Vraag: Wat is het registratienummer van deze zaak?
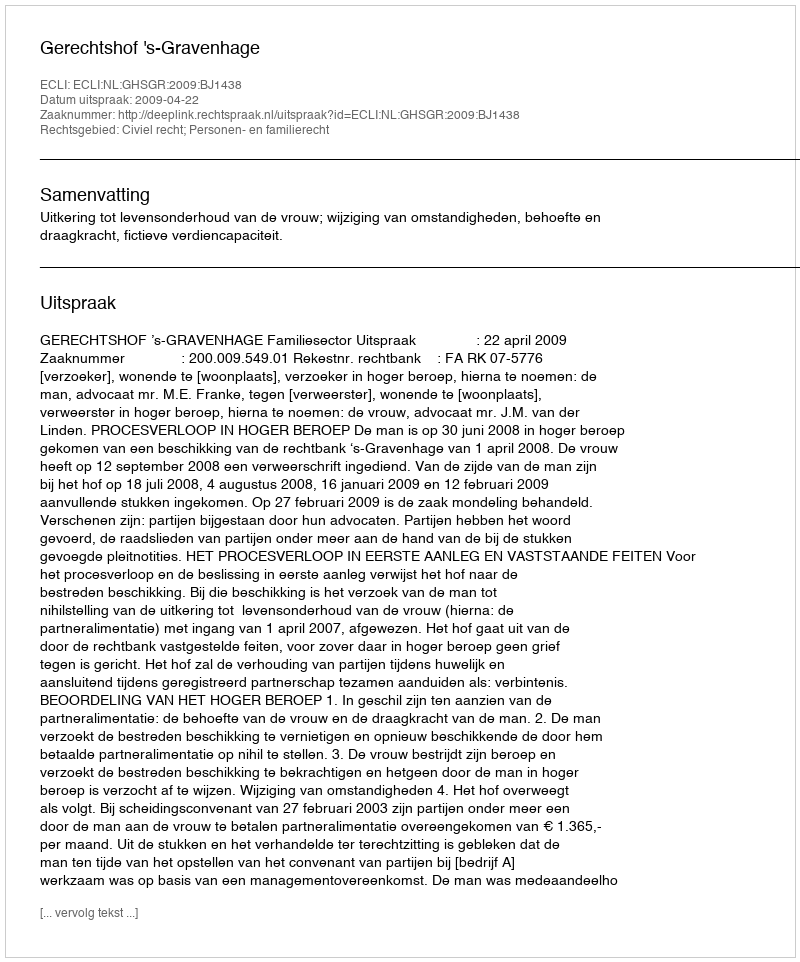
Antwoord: http://deeplink.rechtspraak.nl/uitspraak?id=ECLI:NL:GHSGR:2009:BJ1438